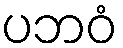
ပဘဝံ